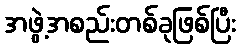
အဖွဲ့အစည်းတစ်ခုဖြစ်ပြီး